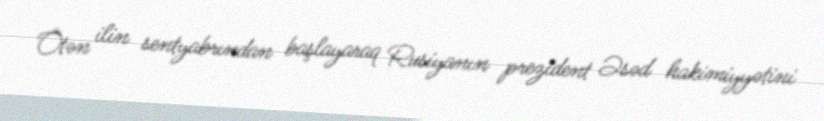
Ötən ilin sentyabrından başlayaraq Rusiyanın prezident Əsəd hakimiyyətini